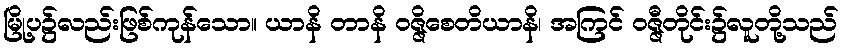
မြို့ပ၌လည်းဖြစ်ကုန်သော။ ယာနိ တာနိ ဝဇ္ဇိစေတိယာနိ၊ အကြင် ဝဇ္ဇီတိုင်း၌လူတို့သည်